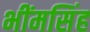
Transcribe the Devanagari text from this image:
भींमसिंह